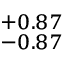
^ { + 0 . 8 7 } _ { - 0 . 8 7 }